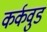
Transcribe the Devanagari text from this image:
कर्कवुड